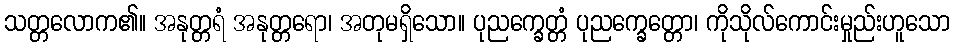
သတ္တလောက၏။ အနုတ္တရံ အနုတ္တရော၊ အတုမရှိသော။ ပုညက္ခေတ္တံ ပုညက္ခေတ္တော၊ ကိုသိုလ်ကောင်းမှုည်းဟူသော